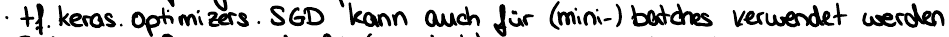
tf.keras.Optimizers.SGD kann auch für (mini-) batches verwendet werden